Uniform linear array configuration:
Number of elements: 32
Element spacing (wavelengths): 0.75
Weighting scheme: exponential
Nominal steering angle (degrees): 45
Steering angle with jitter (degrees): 45.167
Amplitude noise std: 0.05
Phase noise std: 0.05

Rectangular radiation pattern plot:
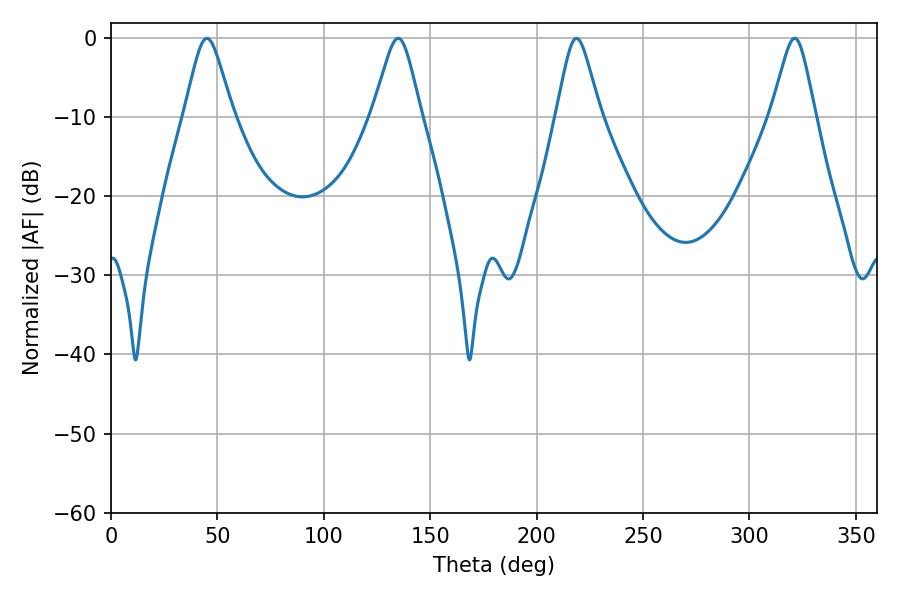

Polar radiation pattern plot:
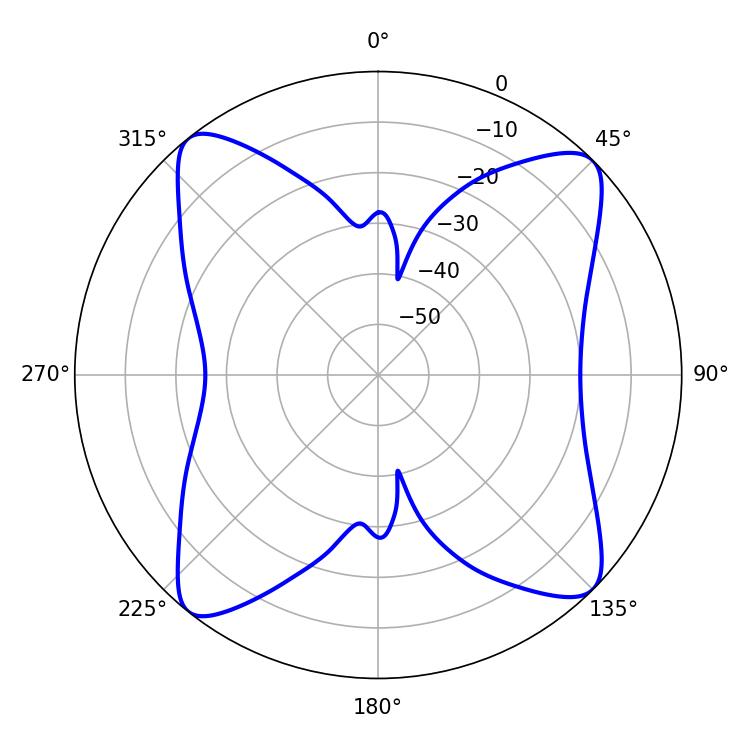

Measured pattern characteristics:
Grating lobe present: TRUE
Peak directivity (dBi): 14.66
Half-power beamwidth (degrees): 9.9
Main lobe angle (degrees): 218.7